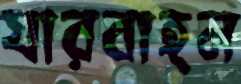
যারবাহন